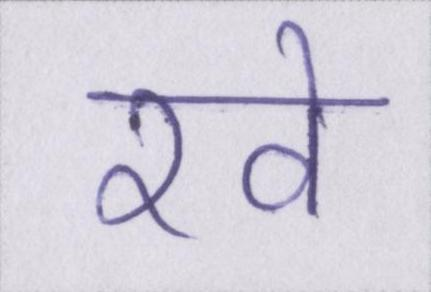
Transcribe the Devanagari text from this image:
रवे